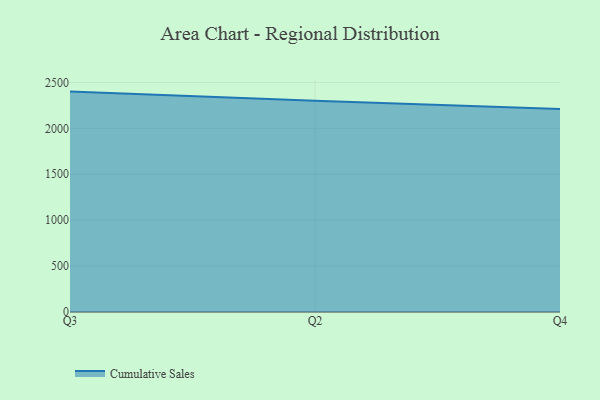
{"axis": {"x": "Quarter", "y": "Headcount"}, "legend": ["Cumulative Sales"], "data": [{"x": "Q3", "y": 2400.4, "type": "Cumulative Sales"}, {"x": "Q2", "y": 2299.9, "type": "Cumulative Sales"}, {"x": "Q4", "y": 2210.7, "type": "Cumulative Sales"}]}